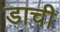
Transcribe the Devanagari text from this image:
डाची